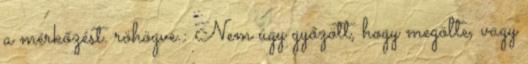
a mérkőzést. röhögve.: Nem úgy győzött, hogy megölte, vagy